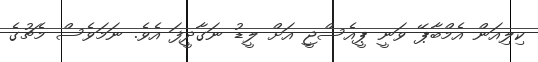
ކިލިއަން އެމްބާޕޭ ވަނީ ޕީއެސްޖީ އަށް ލީޑު ނަގާދީފަ އެވެ. ނަމަވެސް މެޗުގެ